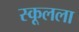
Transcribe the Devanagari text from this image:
स्कूलला